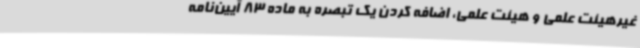
غیرهیئت علمی و هیئت علمی، اضافه کردن یک تبصره به ماده 83 آیین‌نامه